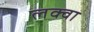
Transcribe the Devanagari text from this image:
लक्वा